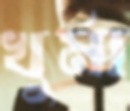
খুর্মা